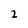
Character: 2